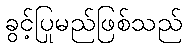
ခွင့်ပြုမည်ဖြစ်သည်